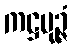
ကဋ္ဌပုဉ္ဇံ